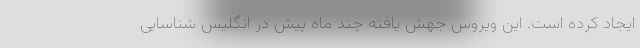
ایجاد کرده است. این ویروس جهش یافته چند ماه پیش در انگلیس شناسایی